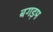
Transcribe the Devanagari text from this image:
बगड़म